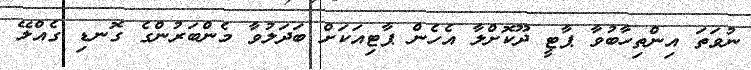
ނުވަތަ އިންތިހާބުވާ ޕާޓީ ދޫކޮށްލާ އެހެން ޕާޓިއަކަށް ބަދަލުވާ މެންބަރުންގެ ގޮނޑި ގެއްލޭ